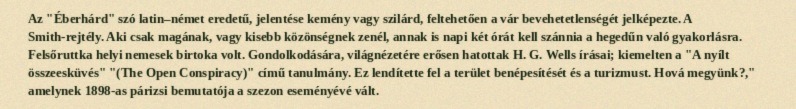
Az "Éberhárd" szó latin–német eredetű, jelentése kemény vagy szilárd, feltehetően a vár bevehetetlenségét jelképezte. A Smith-rejtély. Aki csak magának, vagy kisebb közönségnek zenél, annak is napi két órát kell szánnia a hegedűn való gyakorlásra. Felsőruttka helyi nemesek birtoka volt. Gondolkodására, világnézetére erősen hatottak H. G. Wells írásai; kiemelten a "A nyílt összeesküvés" "(The Open Conspiracy)" című tanulmány. Ez lendítette fel a terület benépesítését és a turizmust. Hová megyünk?," amelynek 1898-as párizsi bemutatója a szezon eseményévé vált.